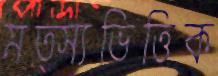
মত্স্যভিত্তিক